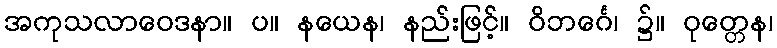
အကုသလာဝေဒနာ။ ပ။ နယေန၊ နည်းဖြင့်။ ဝိဘင်္ဂေ၊ ၌။ ဝုတ္တေန၊